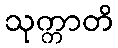
သုက္ကာတိ